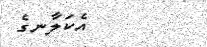
އެކަލާނގެ